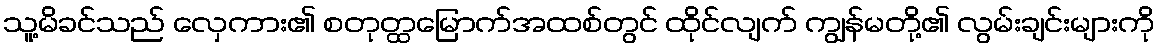
သူ့မိခင်သည် လှေကား၏ စတုတ္ထမြောက်အထစ်တွင် ထိုင်လျက် ကျွန်မတို့၏ လွမ်းချင်းများကို